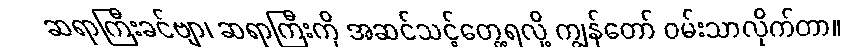
ဆရာကြီးခင်ဗျာ၊ ဆရာကြီးကို အဆင်သင့်တွေ့ရလို့ ကျွန်တော် ဝမ်းသာလိုက်တာ။